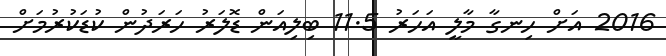
2016 އަށް ހިނގާ މާލީ އަހަރު 11.5 ބިލިއަން ޑޮލަރު ހަރަދުން ކުޑަކުރުމަށް